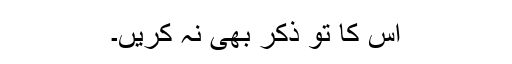
اس کا تو ذکر بھی نہ کریں۔